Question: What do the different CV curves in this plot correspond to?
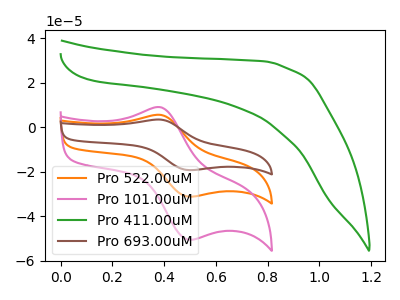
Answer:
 <answer>The orange curve is labeled "Pro 522.00uM". The pink curve is labeled "Pro 101.00uM". The green curve is labeled "Pro 411.00uM". The brown curve is labeled "Pro 693.00uM".</answer>
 <eval></eval>